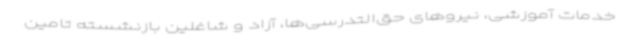
خدمات آموزشی، نیروهای حق‌التدرسی‌ها، آزاد و شاغلین بازنشسته تامین